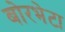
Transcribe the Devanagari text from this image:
बोरभेटा